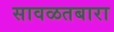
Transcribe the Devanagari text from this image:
सावळतबारा